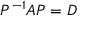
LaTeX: P ^ { - 1 } A P = D